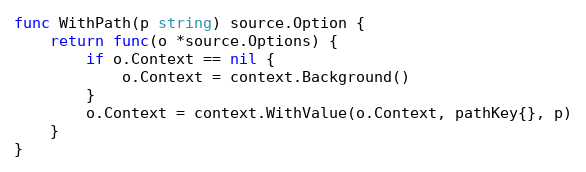
Language: Go
func WithPath(p string) source.Option {
	return func(o *source.Options) {
		if o.Context == nil {
			o.Context = context.Background()
		}
		o.Context = context.WithValue(o.Context, pathKey{}, p)
	}
}